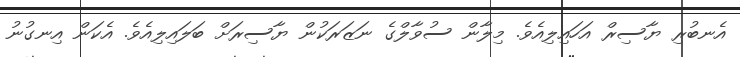
އެނބުރި ޔާސިރް އަހައިލިއެވެ. މިލާން ސުވާލްގެ ނަޒަރަކުން ޔާސިރަށް ބަލައިލިއެވެ. އެކަން އިނގުނު